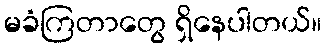
မခံကြတာတွေ ရှိနေပါတယ်။